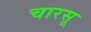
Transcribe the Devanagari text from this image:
चारसू